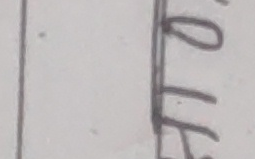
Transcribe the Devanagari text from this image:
माथि